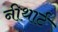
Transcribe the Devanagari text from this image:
नीथार्ट